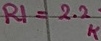
Text: R1=2.2K